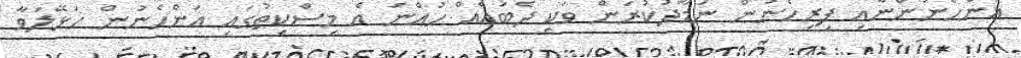
އަންހެނުންނާއި ފިރިހެނުން ނަމާދުކުރަން ވަކި ދެބައެއް ހުއްނަ އެ މިސްކިތުގައި އަންހެނުން ހަޅޭލަވާ